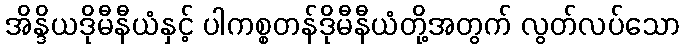
အိန္ဒိယဒိုမီနီယံနှင့် ပါကစ္စတန်ဒိုမီနီယံတို့အတွက် လွတ်လပ်သော